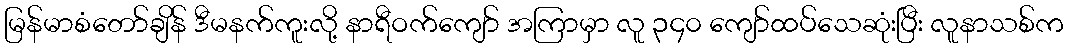
မြန်မာစံတော်ချိန် ဒီမနက်ကူးလို့ နာရီဝက်ကျော် အကြာမှာ လူ ၃၄၀ ကျော်ထပ်သေဆုံးပြီး လူနာသစ်က